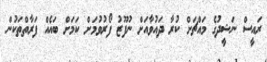
ރައީސް ނަޝީދުގެ މައްޗަށް ކުރާ ދައުވާއަށް ނުފޫޒު ފޯރުވުމަށް ކަމަށް ބައެއް ފަރާތްތަކުން